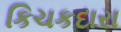
કિચકદારા